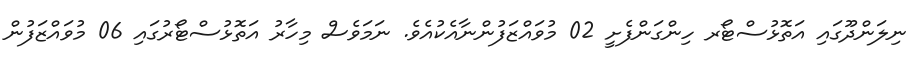
ނިލަންދޫގައި އަތޮޅުސްޓޯރ ހިންގަންފެށީ 02 މުވައްޒަފުންނާއެކުއެވެ. ނަމަވެސް މިހާރު އަތޮޅުސްޓޯރުގައި 06 މުވައްޒަފުން